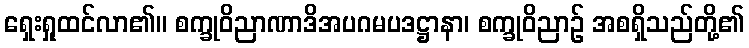
ရှေးရှုထင်လာ၏။ စက္ခုဝိညာဏာဒိအပဂမပဒဋ္ဌာနာ၊ စက္ခုဝိညာဉ် အစရှိသည်တို့၏